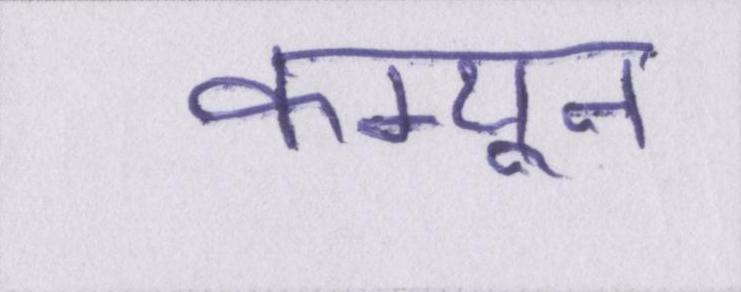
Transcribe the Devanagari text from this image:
कम्यून